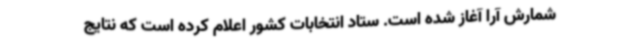
شمارش آرا آغاز شده است. ستاد انتخابات کشور اعلام کرده است که نتایج